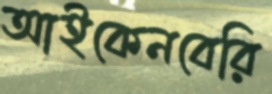
আইকেনবেরি